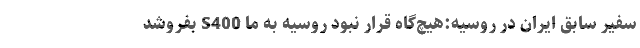
سفیر سابق ایران در روسیه:هیچ‌گاه قرار نبود روسیه به ما S400 بفروشد